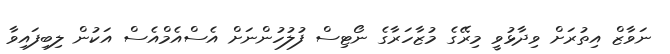
ނަވާޒް އިތުރަށް ވިދާޅުވީ މިރޭގެ މުޒާހަރާގެ ނޯޓިސް ފުލުހުންނަށް އެސްއެމްއެސް އަކުން ލިބިފައިވާ